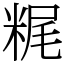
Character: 䊊